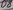
Text: D7